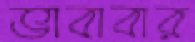
ভাবাবার